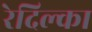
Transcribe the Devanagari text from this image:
रेदिल्का